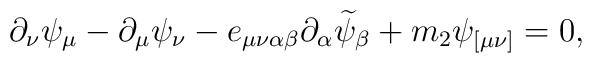
\partial _\nu \psi _\mu -\partial _\mu \psi _\nu -e_{\mu \nu \alpha \beta}\partial _\alpha \widetilde{\psi }_\beta +m_2\psi _{[\mu \nu ]}=0,